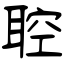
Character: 聜